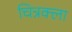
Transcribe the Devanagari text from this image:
चित्रक्ला